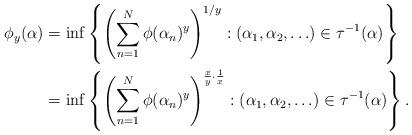
LaTeX: \begin{align*}\phi_y(\alpha) & = \inf\left\{ \left(\sum_{n=1}^N\phi(\alpha_n)^y\right)^{1/y}:(\alpha_1,\alpha_2,\ldots)\in \tau^{-1}(\alpha)\right\} \\& = \inf\left\{ \left(\sum_{n=1}^N\phi(\alpha_n)^y\right)^{\frac{x}{y}\cdot\frac{1}{x}}:(\alpha_1,\alpha_2,\ldots)\in \tau^{-1}(\alpha)\right\}.\end{align*}